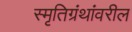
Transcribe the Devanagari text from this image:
स्मृतिग्रंथांवरील